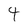
Character: 4